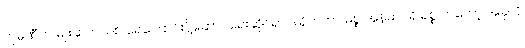
ကုမ္ပဏီက မျိုးဆက်သစ် ရေကြောင်းပို့ဆောင်ရေးဆိုင်ရာ ဒါရိုက်တာ မစ္စ အန်မာဂရိ ရစ္စ ကတော့ အခုလို